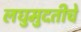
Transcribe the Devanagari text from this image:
लघुमुदतीचे